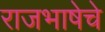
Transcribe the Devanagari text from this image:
राजभाषेचे